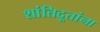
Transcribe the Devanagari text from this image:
शांतिदूतांना